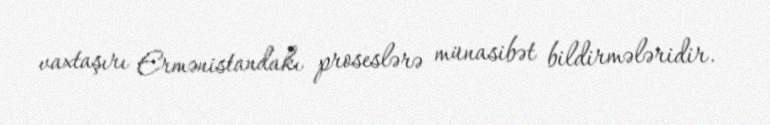
vaxtaşırı Ermənistandakı proseslərə münasibət bildirmələridir.